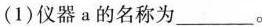
(1)仪器a的名称为___。